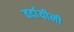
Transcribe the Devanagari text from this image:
वर्दायीनी